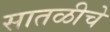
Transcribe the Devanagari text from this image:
सातळीचे